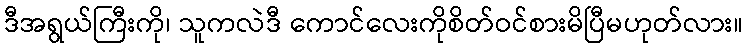
ဒီအရွယ်ကြီးကို၊ သူကလဲဒီ ကောင်လေးကိုစိတ်ဝင်စားမိပြီမဟုတ်လား။